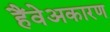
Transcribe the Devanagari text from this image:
हैंवेअकारण